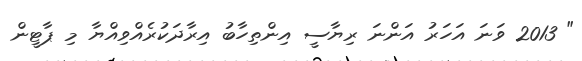
" 2013 ވަނަ އަހަރު އަންނަ ރިޔާސީ އިންތިހާބު އިރާދަކުރެއްވިއްޔާ މި ޕާޓީން